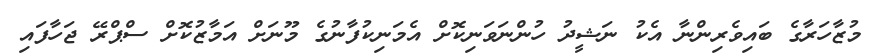
މުޒާހަރާގެ ބައިވެރިންނާ އެކު ނަޝީދު ހުންނަވަނިކޮށް އެމަނިކުފާނުގެ މޫނަށް އަމާޒުކޮށް ސްޕްރޭ ޖަހާފައި